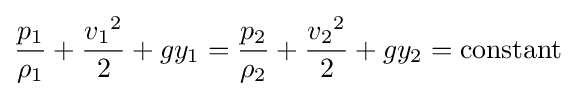
{\frac {p_{1}}{\rho _{1}}}+{\frac {{v_{1}}^{2}}{2}}+gy_{1}={\frac {p_{2}}{\rho _{2}}}+{\frac {{v_{2}}^{2}}{2}}+gy_{2}={\text{constant}}